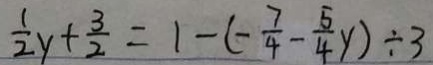
\frac { 1 } { 2 } y + \frac { 3 } { 2 } = 1 - ( - \frac { 7 } { 4 } - \frac { 5 } { 4 } y ) \div 3